Civil Veterinary Dept. Assam report 1911-1927 - 1911-1927
Year: 1911
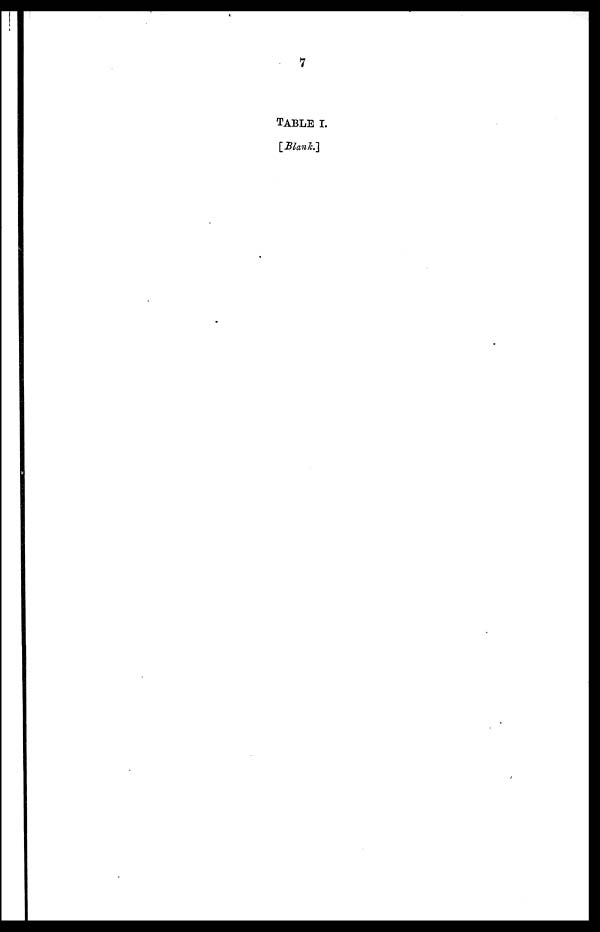
7
TABLE I.
[Blank.]